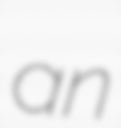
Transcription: an